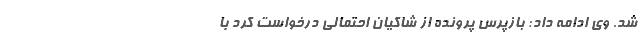
شد. وی ادامه داد: بازپرس پرونده از شاکیان احتمالی درخواست کرد با